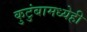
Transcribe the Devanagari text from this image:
कुटुंबामध्येही